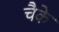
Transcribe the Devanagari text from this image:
चैके